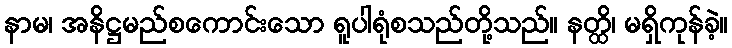
နာမ၊ အနိဋ္ဌမည်စကောင်းသော ရူပါရုံစသည်တို့သည်။ နတ္ထိ၊ မရှိကုန်ခဲ့။